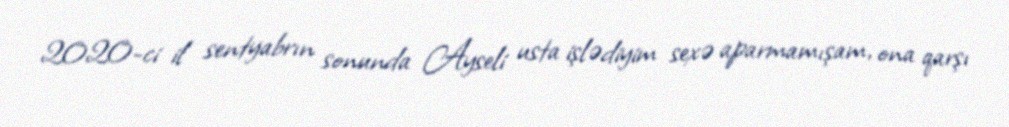
2020-ci il sentyabrın sonunda Ayseli usta işlədiyim sexə aparmamışam, ona qarşı